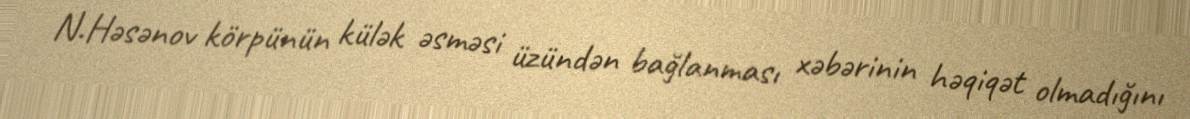
N.Həsənov körpünün külək əsməsi üzündən bağlanması xəbərinin həqiqət olmadığını